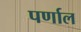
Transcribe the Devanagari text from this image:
पर्णाल